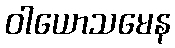
ဝါယောသမေန